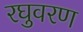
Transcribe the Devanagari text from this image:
रघुवरण